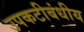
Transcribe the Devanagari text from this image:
उपकटीबंधीय